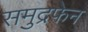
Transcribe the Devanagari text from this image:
समुद्रफेन